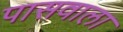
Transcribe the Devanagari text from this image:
पासवाला